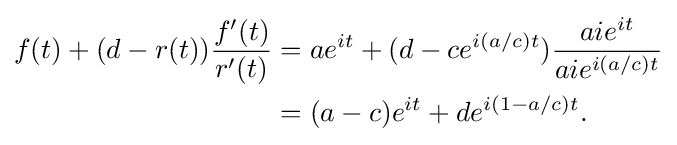
{\begin{aligned}f(t)+(d-r(t)){f'(t) \over r'(t)}&=ae^{it}+(d-ce^{i(a/c)t}){aie^{it} \over aie^{i(a/c)t}}\\&=(a-c)e^{it}+de^{i(1-a/c)t}.\end{aligned}}